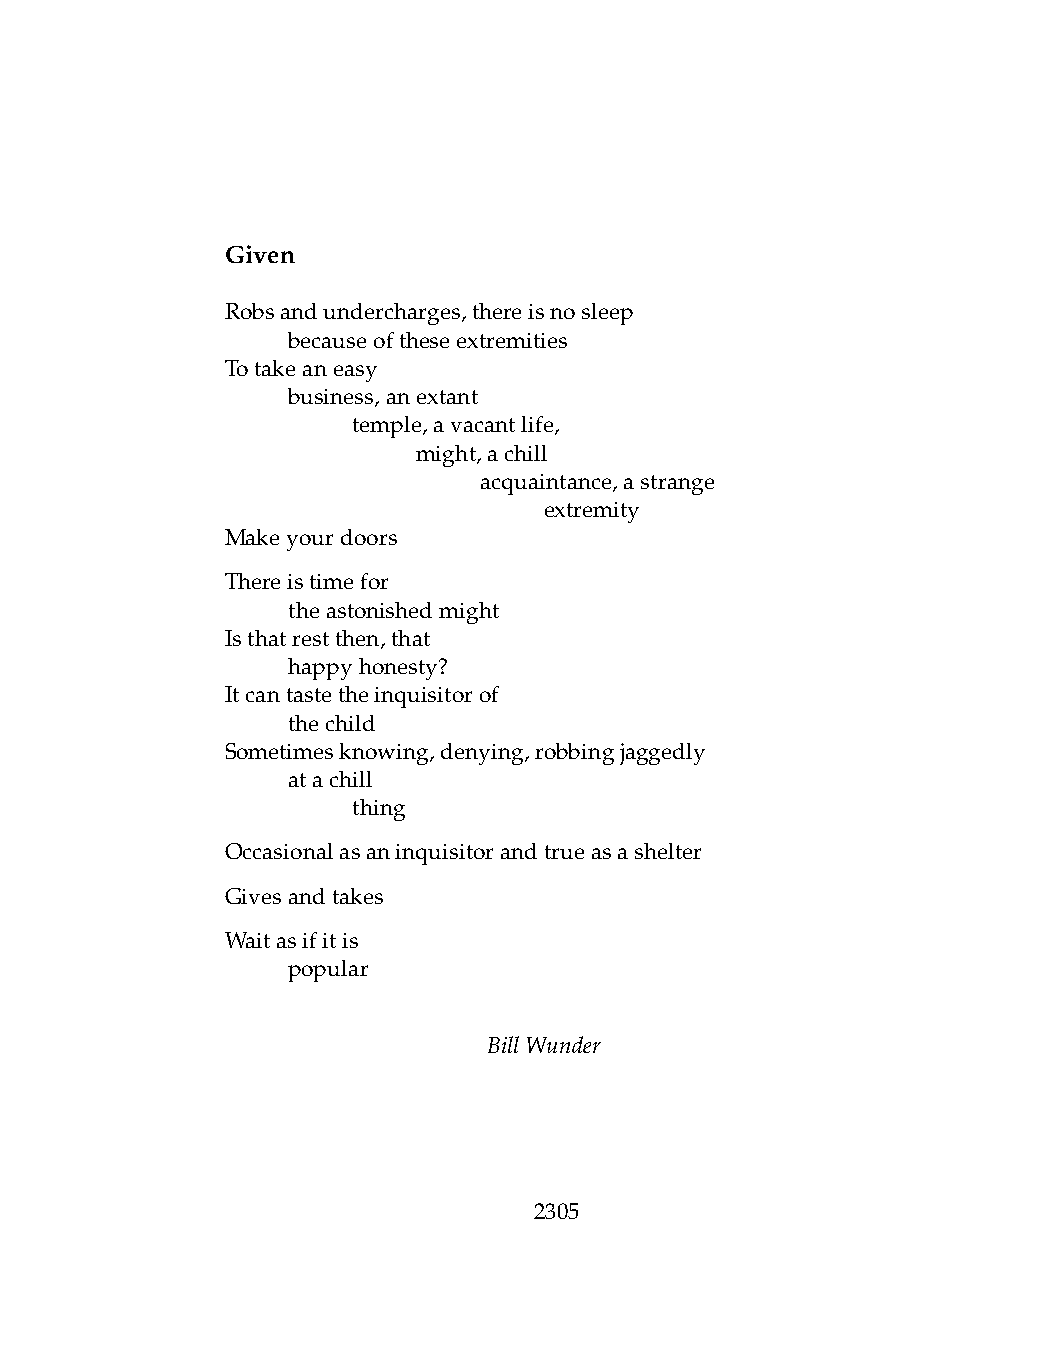
Given
 Robsandundercharges,thereisnosleep
 .   becauseoftheseextremities
 Totakeaneasy
 .   business,anextant
 .   .   temple,avacantlife,
 .   .   .    might,achill
 .   .   .    .   acquaintance,astrange
 .   .   .    .   .   extremity
 Makeyourdoors
 Thereistimefor
 .   theastonishedmight
 Isthatrestthen,that
 .   happyhonesty?
 Itcantastetheinquisitorof
 .   thechild
 Sometimesknowing,denying,robbingjaggedly
 .   atachill
 .   .   thing
 Occasionalasaninquisitorandtrueasashelter
 Givesandtakes
 Waitasifitis
 .   popular
 BillWunder
 2305